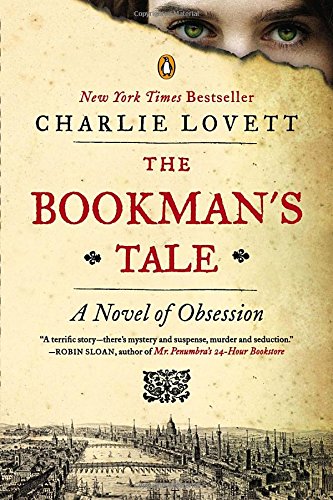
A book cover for The Bookman's Tale: A Novel of Obsession; Charlie Lovett; Mystery, Thriller & Suspense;